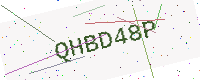
Text: QHBD48P